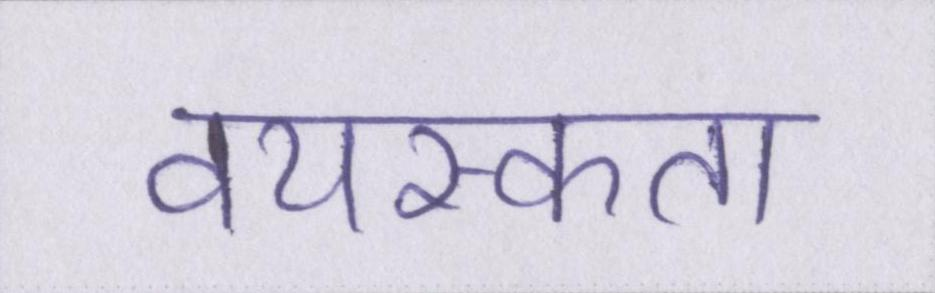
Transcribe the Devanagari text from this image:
वयस्कता